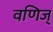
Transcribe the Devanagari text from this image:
वणिज्